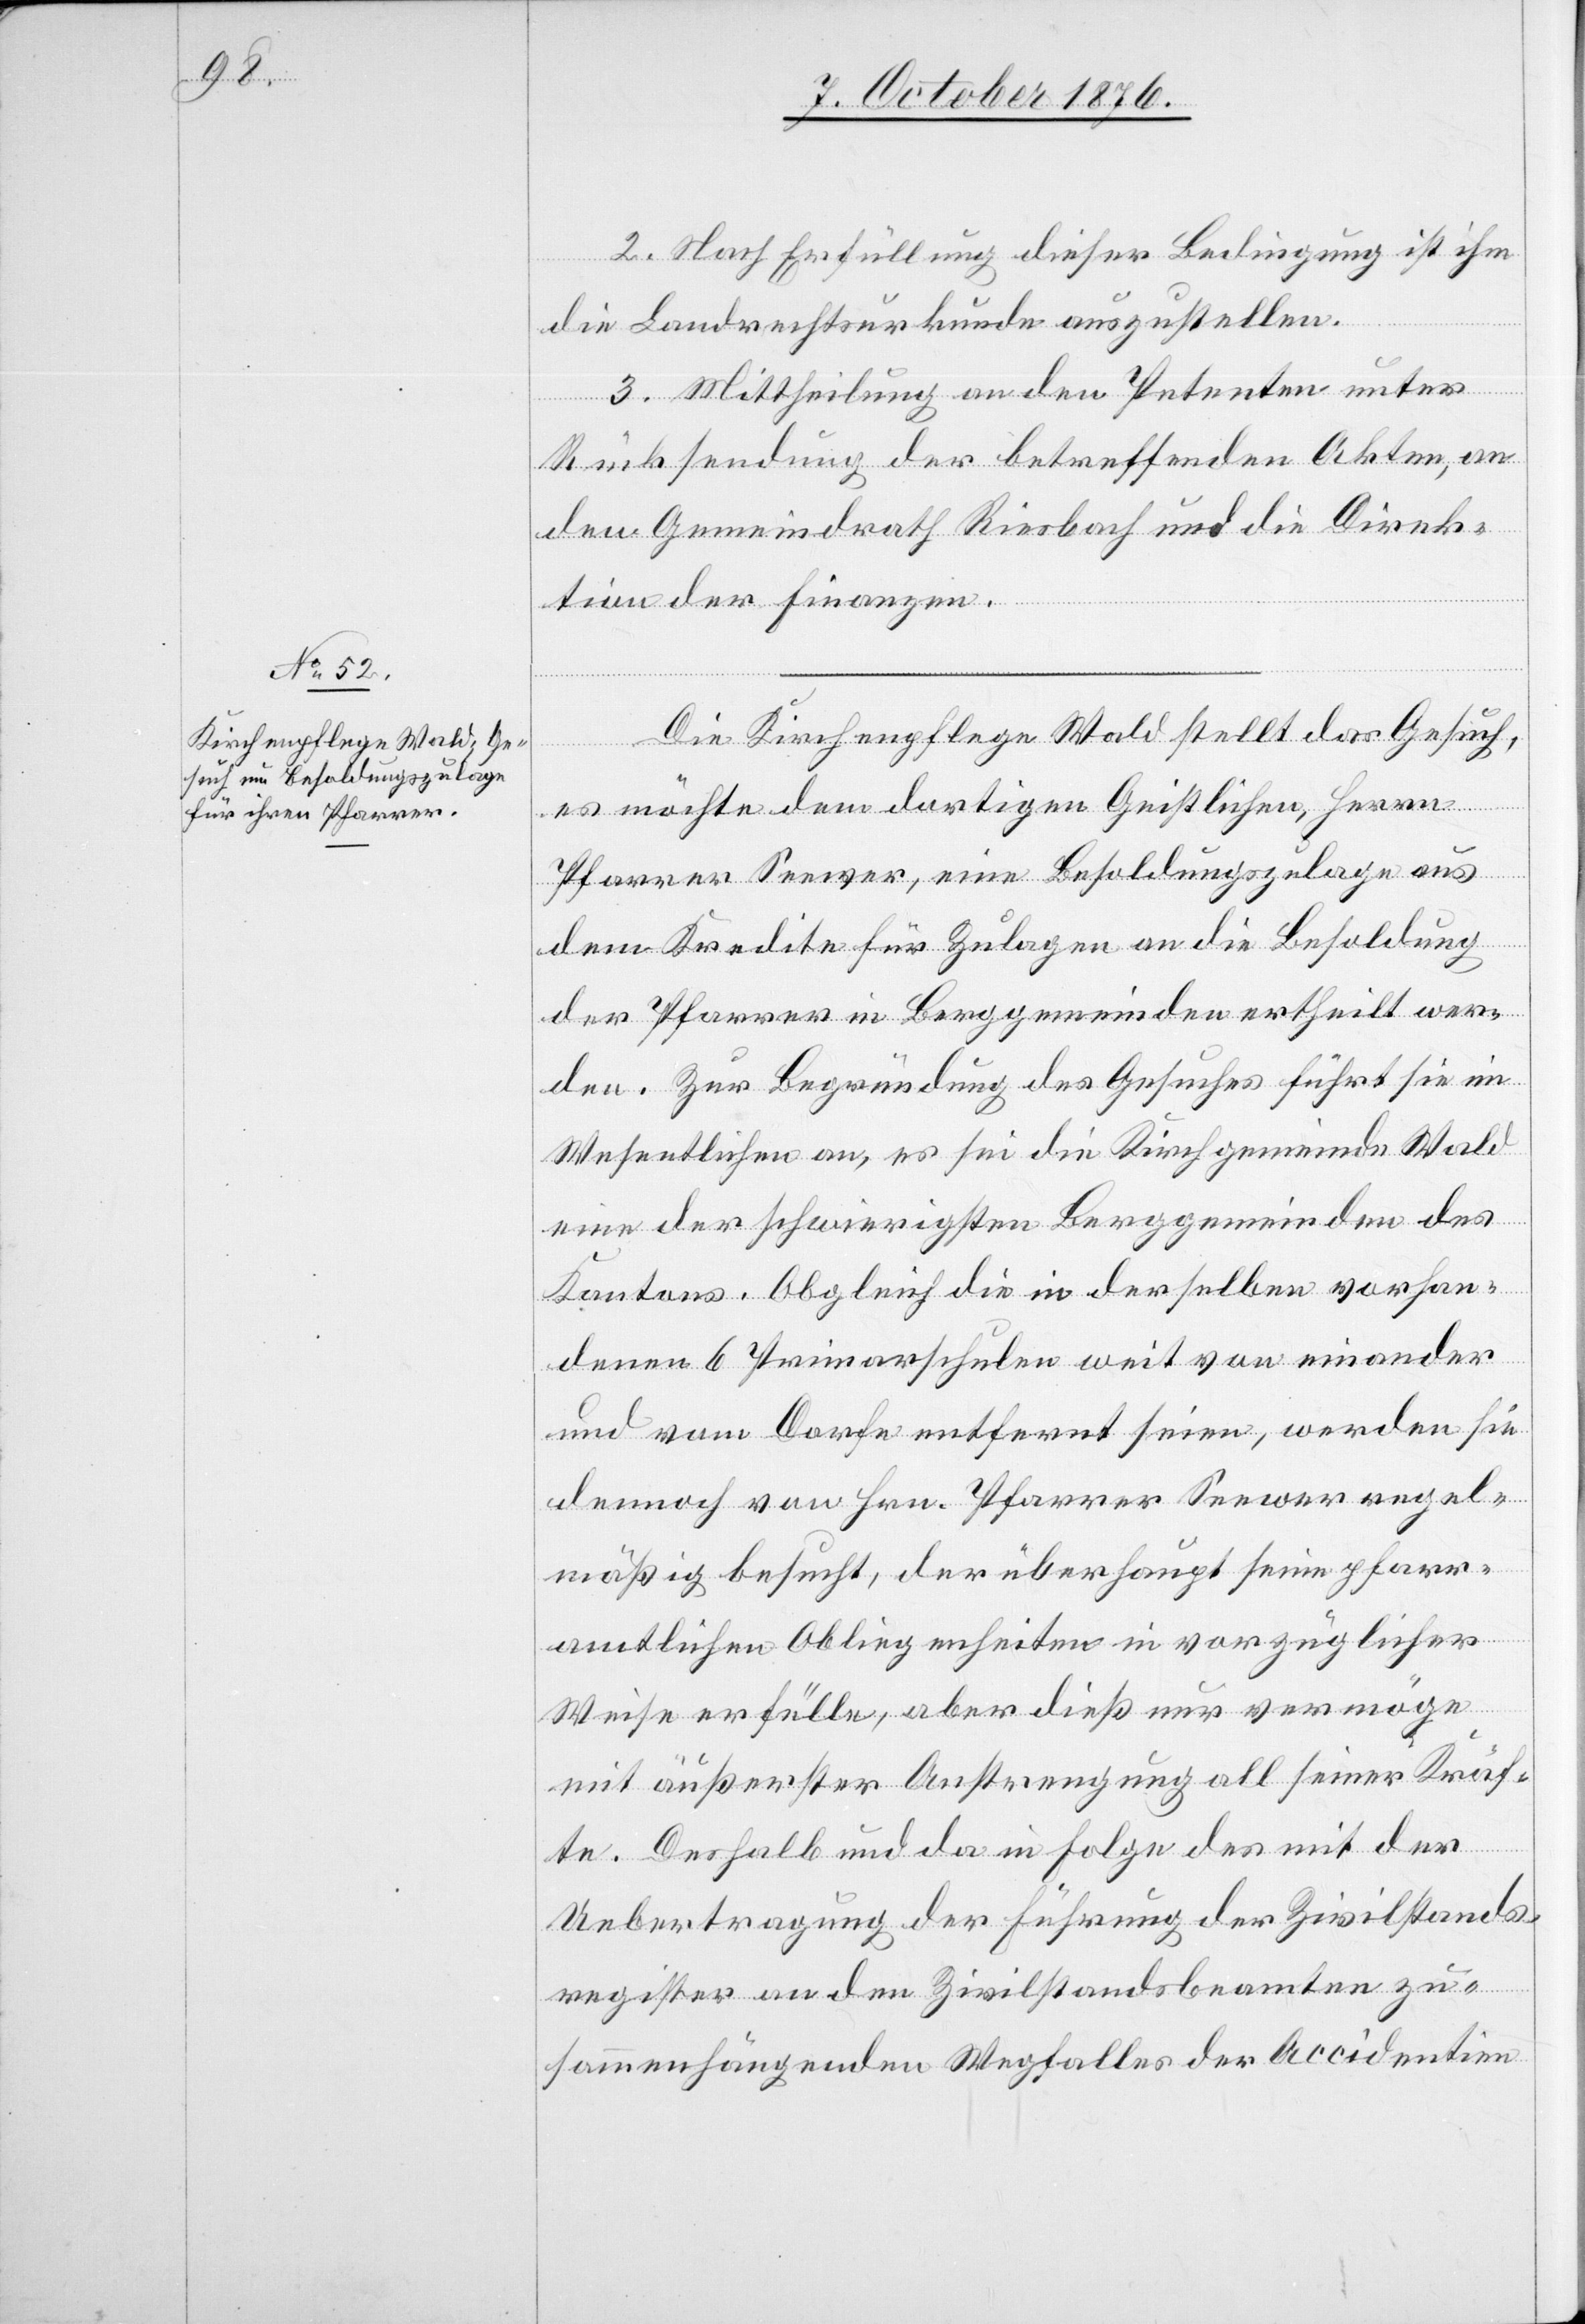
2. Nach Erfüllung dieser Bedingung ist ihm
die Landrechtsurkunde auszustellen.
3. Mittheilung an den Petenten unter
Rücksendung der betreffenden Akten, an
den Gemeindrath Riesbach und die Direk¬
tion der Finanzen.
Die Kirchenpflege Wald stellt das Gesuch,
es möchte dem dortigen Geistlichen, Herrn
Pfarrer Seewer, eine Besoldungszulage aus
dem Kredite für Zulagen an die Besoldung
des Pfarrers in Berggemeinden ertheilt wer¬
den. Zur Begründung des Gesuches führt sie im
Wesentlichen an, es sei die Kirchgemeinde Wald
eine der schwierigsten Berggemeinden des
Kantons. Obgleich die in derselben vorhan¬
denen 6 Primarschulen weit von einander
und vom Dorfe entfernt seien, werden sie
dennoch von Hrn. Pfarrer Seewer regel¬
mäßig besucht, der überhaupt seine pfarr¬
amtlichen Obliegenheiten in vorzüglicher
Weise erfülle, aber dieß nur vermöge
mit äußerster Anstrengung all seiner Kräf¬
te. Deshalb und da in Folge des mit der
Uebertragung der Führung der Zivilstands¬
register an den Zivilstandsbeamten zu¬
sammenhängenden Wegfalles der Accidentien